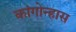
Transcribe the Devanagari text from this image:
कांगोन्हास